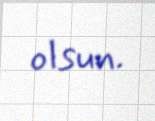
olsun.